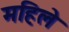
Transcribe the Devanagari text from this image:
महिले